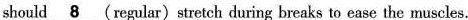
should \underline{8}(regular) stretch during breaks to ease the muscles.